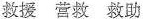
救援 营救 救助